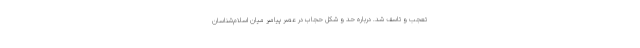
تعجب و تاسف شد. دربارهٔ حد و شکل حجاب در عصر پیامبر میان اسلام‌شناسان